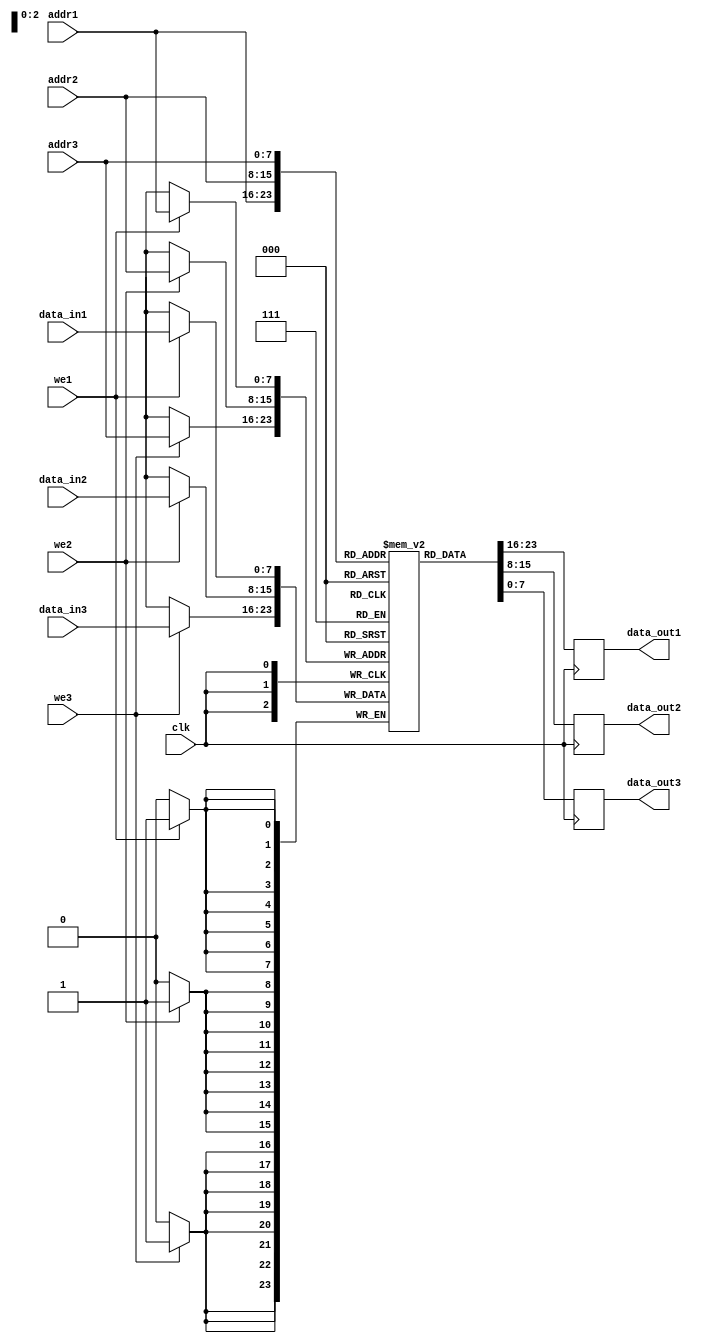
module register_file (
    input wire clk,
    input wire [7:0] addr1,
    input wire [7:0] addr2,
    input wire [7:0] addr3,
    input wire [7:0] data_in1,
    input wire [7:0] data_in2,
    input wire [7:0] data_in3,
    input wire we1,
    input wire we2,
    input wire we3,
    output reg [7:0] data_out1,
    output reg [7:0] data_out2,
    output reg [7:0] data_out3
);

reg [7:0] memory [0:255];

always @(posedge clk) begin
    if (we1)
        memory[addr1] <= data_in1;
    if (we2)
        memory[addr2] <= data_in2;
    if (we3)
        memory[addr3] <= data_in3;
    
    data_out1 <= memory[addr1];
    data_out2 <= memory[addr2];
    data_out3 <= memory[addr3];
end

endmodule